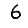
Digit: 6